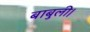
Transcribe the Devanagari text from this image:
बाबुली।